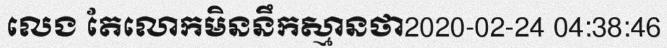
លេង តែលោកមិននឹកស្មានថា2020-02-24 04:38:46